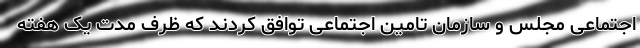
اجتماعی مجلس و سازمان تامین اجتماعی توافق کردند که ظرف مدت یک هفته